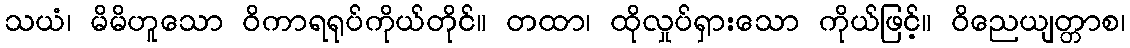
သယံ၊ မိမိဟူသော ဝိကာရရုပ်ကိုယ်တိုင်။ တထာ၊ ထိုလှုပ်ရှားသော ကိုယ်ဖြင့်။ ဝိညေယျတ္တာစ၊